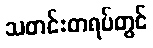
သတင်းတရပ်တွင်